Annual report of the Bengal Veterinary College and of the Civil Veterinary Department, Bengal, for the year 1907-1908 - 1907-1908
Year: 1907
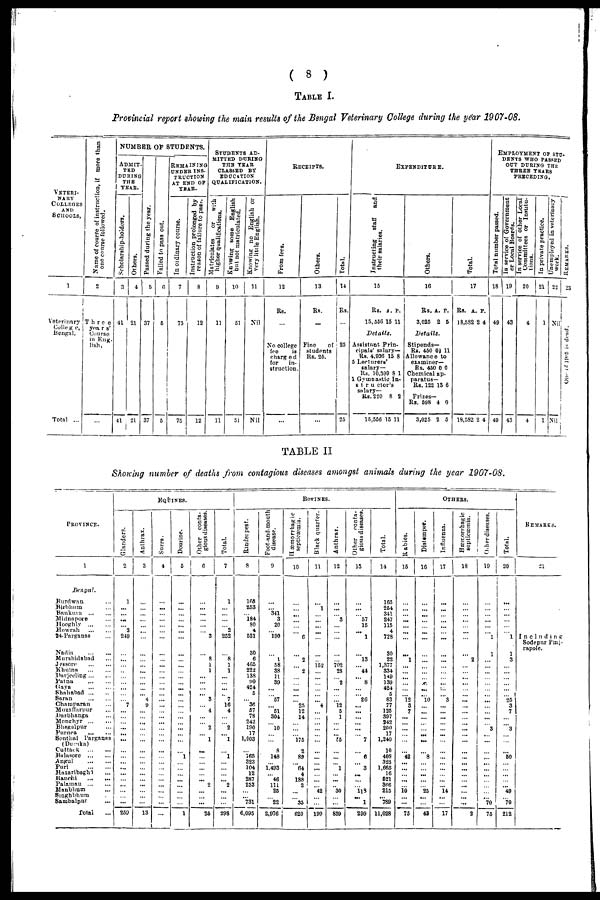
( 8 )
TABLE I.
Provincial report showing the main results of the Bengal Veterinary College during the year 1907-08.
VETERI¬
NARY
COLLEGES
AND
SCHOOLS,
1
Veterinary
College,
Bengal.
Total ...
Name of course of instruction, if more than
one course followed.
2
Three
years'
Course
in Eng-
lish.
...
NUMBER OF STUDENTS.
ADMIT
TED
DURING
THE
YEAR.
Scholarship-holders.
3
41
41
Others.
4
21
21
Passed during the year.
5
37
37
Failed
to pass out.
6
5
5
REMAINING
UNDER INS-
TRUCTION
AT END OF
YEAR.
In ordinary course.
7
75
75
Instruction prolonged by
reason of failure to pass.
8
12
12
STUDENTS AD-
------ DURING
THE YEAR
CLASSED BY
EDUCATION
QUALIFICATION.
Matriculates
or
with
higher qualifications.
9
11
11
Knowing
some English
but not matriculated.
10
51
51
Knowing no English or
very little English.
11
Nil
Nil
RECEIPTS.
From fees.
12
Rs.
...
No college
fee
is
charged
for
in-
struction.
Others.
13
Rs.
...
Fine
of
students
lis. 25.
...
Total.
14
Rs.
...
25
25
EXPENDITURE.
Instructing staff
and
their salaries.
15
Rs. a. p.
15, 556 15 11
Details.
Assistant Prin-
cipals' salary—
Rs. 4,936 15 8
5 Lecturers'
salary—
Rs. 10,399 8 1
1 Gymnastic In-
structor's
salary—
Rs.
220 8 2
15,556 15 11
Others.
16
Rs. a. p..
3,025 2 5
Details.
Stipends—
Rs. 450 0J 11
Allowance to
examiner—
Rs. 450 0 0
Chemical ap-
paratus—
Rs. 122 13 6
Prizes—
Rs. 598 4 0
3,025 2 5
Total.
17
Rs. a. p..
18,582 2 4
18,582 2 4
EMPLOYMENT OF STU¬
DENTS WHO PASSED
OUT DuURiING THE
THREE YEARS
PRECEDING..
Total number passed.
18
49
49
In
service of Government
or Local Boards.
19
43
43
In service of other Local
Committees or Institu-
tions.
20
4
4
In private practice.
21
1
1
Unemployed in veterinary
work.
22
Nil
Nil.
REMARKS.
23
One of 1
TABLE II
Showing number of deaths from contagious diseases amongst animals during the year 1907-08.
PROVINCE.
1
Bengal.
Burdwan ...
Birbhum ...
Bankura ... ...
Midnapore ...
Hooghly ... ...
Howrah ... ...
24-Parganas ...
Nadia ... ...
Murshidabad ...
Jessore ... ...
Khulna ... ...
Darjeeling ... ...
Patna ... ...
Gaya ... ...
Shahabad ... ...
Saran ... ...
Champaran ...
Muzaffarpur ...
Darbhanga ...
Monghyr ... ...
Bhagalpur ...
Purnea ... ...
Sonthal Parganas
(Dumka)
Cuttack ... ...
Balasore ... ...
Angul ... ...
Puri ... ...
Hazaribagh ...
Ranchi ... ...
Palamau ... ...
Manbhum ...
Singhbhum ...
Sambalpur ...
Total ...
EQUINES.
Glanders.
2
1
...
...
...
... 2
249
...
...
...
...
...
...
...
...
... 7
...
...
... ... ...
...
...
...
... ...
...
...
...
...
...
... ...
259
Anthrax.
3
...
...
...
...
...
...
...
...
...
...
...
...
...
...
... 4
9
...
... ...
...
...
...
...
...
...
...
...
...
...
...
...
...
...
13
Surra.
4
...
...
...
...
...
...
...
...
... ...
...
...
...
...
...
...
...
...
...
...
...
...
...
...
...
...
...
...
...
...
...
...
...
...
...
Dourine.
5
...
...
...
... ...
...
...
...
... ...
...
...
... ...
...
...
...
...
...
...
...
...
...
...
... 1
...
...
...
...
...
...
...
...
1
Other conta-
gious diseases.
6
...
...
... ...
...
3
8
1
1
...
... 3
4
2
1
...
... 2
...
...
...
25
Total.
7
1
...
...
...
... 2
252
... 8
1
1
...
... ...
... 7
16
4
...
... 2
...
1
...
... 1
...
...
... ...
2
...
...
...
298
BOVINES.
Rinderpest.
8
165
253
... 184
80
4
531
30 6
465
222
138
90
424
5
... 36
57
78
242
190
17
1,003
...
... 165
323
104
12
287
253
...
... 731
6,095
Foot-and-mouth
disease.
9
...
...
341
3
20
190
... 1
58
38
11
39
...
... 57
... 51
304
... 10
...
...
... 8
148
... 1.493
... 46
111
25
... 22
2,976
Hæmorrhagic
septicæmia.
10
...
...
...
...
...
... 6
... 2
... 2
...
...
...
...
... 25
12
14
...
...
... 175
... 2
89
... 64
4
188
2
...
... 35
620
Black quarter.
11
...
1
...
...
...
...
...
...
... 152
...
...
...
...
...
... 4
...
...
...
...
...
...
...
...
...
...
...
...
...
... 42
...
...
199
Anthrax.
12
...
...
... 3
...
...
...
...
... 702
28
... 2
...
...
... 12
5
1
...
...
... 55
...
...
...
... 1
...
...
... 30
...
...
839
Other conta-
gion diseases.
13
...
...
... 57
15
... 1
... 13
... 44
... 8
...
... 26
... ...
...
... ...
... 7
...
... 6
... 3
...
...
... 118
... 1
299
Total.
14
165
254
341
247
115
4
728
30
22
1,377
334
149
139
424
5
83
77
125
397
242
200
17
1,240
... 10
408
323
1,665
16
521
366
215
... 789
11,028
OTHERS.
Rabies.
15
...
...
... ...
...
...
...
... 1
...
...
...
...
...
... 12
3
7
...
...
...
...
...
...
... 42
...
...
...
...
... 10
...
...
75
Distemper.
16
...
...
...
...
...
...
...
...
...
...
...
...
...
...
... 10
...
...
...
...
...
... ...
...
... 8
...
...
...
...
... 25
...
...
43
Influenza.
17
...
...
...
...
...
...
...
...
...
...
...
... ...
...
... 3
...
... ...
...
...
...
...
...
...
...
...
...
...
...
... 14
...
...
17
Hæmorrhagie
septicæmia.
18
...
...
... ...
...
...
...
... 2
...
... ...
...
...
... ...
...
...
...
...
...
...
...
...
...
... ...
...
...
...
...
...
... ...
2
Other diseases.
19
...
...
...
...
...
... 1
1
...
...
...
...
...
...
...
...
...
...
...
... 3
...
...
...
...
...
...
...
...
...
...
... ...
70
75
Total.
20
...
...
...
...
...
... 1
1
3
...
...
...
...
... ...
25
3
7
...
... 3
...
...
...
... 50
...
...
...
...
... 49
... 70
212
Remarks.
21
Inclnding
Sodepur Pinj-
rapole.